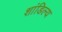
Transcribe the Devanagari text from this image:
शांडिल्‍य